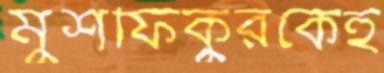
মুশফিকুরকেই